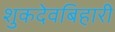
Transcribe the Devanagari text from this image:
शुकदेवबिहारी